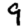
Digit: 9